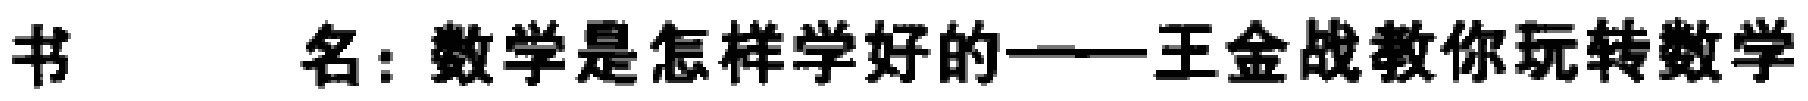
书\ \ \ \ \ 名：数学是怎样学好的——王金战教你玩转数学